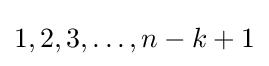
1,2,3,\dots ,n-k+1